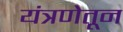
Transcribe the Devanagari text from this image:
यंत्रणेतून